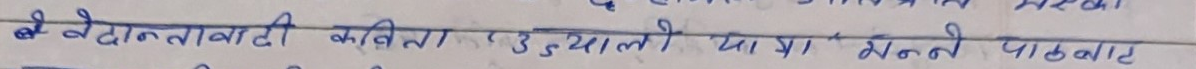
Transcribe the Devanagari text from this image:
वेदान्तवादी कविता र उद्याली या था "मनो पालबार्ट"